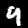
Digit: 9